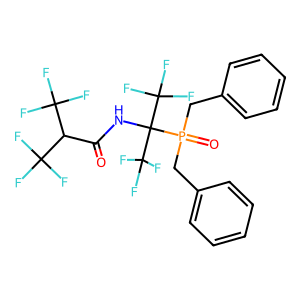
SMILES: O=C(NC(C(F)(F)F)(C(F)(F)F)P(=O)(Cc1ccccc1)Cc1ccccc1)C(C(F)(F)F)C(F)(F)F
Inhibits HIV replication: No